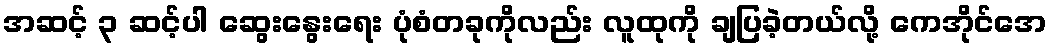
အဆင့် ၃ ဆင့်ပါ ဆွေးနွေးရေး ပုံစံတခုကိုလည်း လူထုကို ချပြခဲ့တယ်လို့ ကေအိုင်အေ